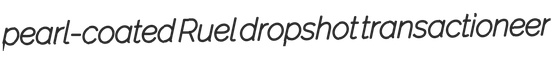
pearl-coated Ruel dropshot transactioneer